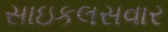
સાઇકલસવાર